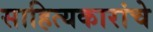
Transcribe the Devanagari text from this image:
साहित्यकारांचे